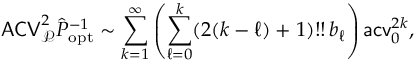
\mathsf { A C V } _ { \mathcal P } ^ { 2 } \hat { P } _ { \mathrm { o p t } } ^ { - 1 } \sim \sum _ { k = 1 } ^ { \infty } \left( \sum _ { \ell = 0 } ^ { k } ( 2 ( k - \ell ) + 1 ) ! ! \, b _ { \ell } \right) \mathsf { a c v } _ { 0 } ^ { 2 k } ,